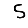
Digit: 5